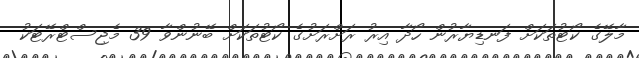
މާލޭގެ ކޯޓުތަކަށް ފަނޑިޔާރުން ހޯދާ އިރު ރަށްރަށުގެ ކޯޓުތަކަށް ބޭނުންވާ 39 މެޖިސްޓްރޭޓަކު